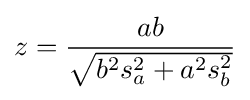
z={\frac {ab}{\sqrt {b^{2}s_{a}^{2}+a^{2}s_{b}^{2}}}}